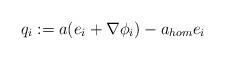
LaTeX: \begin{align*}q_i := a(e_i+\nabla \phi_i)-a_{hom}e_i\end{align*}